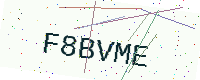
Text: F8BVME